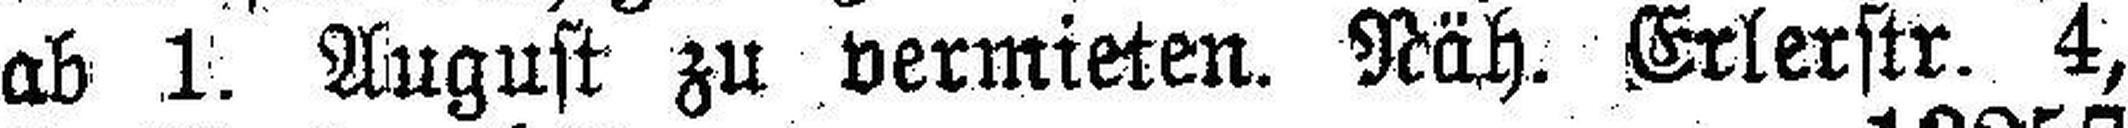
ab 1. August zu vermieten. Näh. Erlerstr. 4,